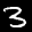
Label: 3